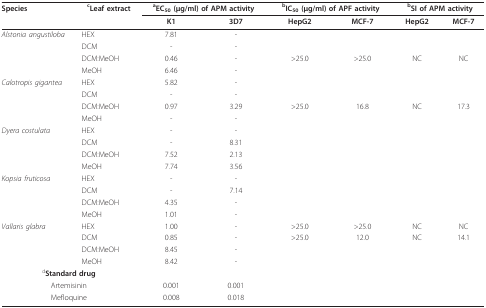
<table><thead><tr><td><b>Species</b></td><td><b><sup>c</sup>Leaf extract</b></td><td colspan="2"><b><sup>a</sup>EC<sub>50 </sub>(μg/ml) of APM activity</b></td><td colspan="2"><b><sup>b</sup>IC<sub>50 </sub>(μg/ml) of APF activity</b></td><td colspan="2"><b><sup>b</sup>SI of APM activity</b></td></tr><tr><td></td><td></td><td><b>K1</b></td><td><b>3D7</b></td><td><b>HepG2</b></td><td><b>MCF-7</b></td><td><b>HepG2</b></td><td><b>MCF-7</b></td></tr></thead><tbody><tr><td><i>Alstonia angustiloba</i></td><td>HEX</td><td>7.81</td><td>-</td><td></td><td></td><td></td><td></td></tr><tr><td></td><td>DCM</td><td>-</td><td>-</td><td></td><td></td><td></td><td></td></tr><tr><td></td><td>DCM:MeOH</td><td>0.46</td><td>-</td><td>&gt;25.0</td><td>&gt;25.0</td><td>NC</td><td>NC</td></tr><tr><td></td><td>MeOH</td><td>6.46</td><td>-</td><td></td><td></td><td></td><td></td></tr><tr><td><i>Calotropis gigantea</i></td><td>HEX</td><td>5.82</td><td>-</td><td></td><td></td><td></td><td></td></tr><tr><td></td><td>DCM</td><td>-</td><td>-</td><td></td><td></td><td></td><td></td></tr><tr><td></td><td>DCM:MeOH</td><td>0.97</td><td>3.29</td><td>&gt;25.0</td><td>16.8</td><td>NC</td><td>17.3</td></tr><tr><td></td><td>MeOH</td><td>-</td><td>-</td><td></td><td></td><td></td><td></td></tr><tr><td><i>Dyera costulata</i></td><td>HEX</td><td>-</td><td>-</td><td></td><td></td><td></td><td></td></tr><tr><td></td><td>DCM</td><td>-</td><td>8.31</td><td></td><td></td><td></td><td></td></tr><tr><td></td><td>DCM:MeOH</td><td>7.52</td><td>2.13</td><td></td><td></td><td></td><td></td></tr><tr><td></td><td>MeOH</td><td>7.74</td><td>3.56</td><td></td><td></td><td></td><td></td></tr><tr><td><i>Kopsia fruticosa</i></td><td>HEX</td><td>-</td><td>-</td><td></td><td></td><td></td><td></td></tr><tr><td></td><td>DCM</td><td>-</td><td>7.14</td><td></td><td></td><td></td><td></td></tr><tr><td></td><td>DCM:MeOH</td><td>4.35</td><td>-</td><td></td><td></td><td></td><td></td></tr><tr><td></td><td>MeOH</td><td>1.01</td><td>-</td><td></td><td></td><td></td><td></td></tr><tr><td><i>Vallaris glabra</i></td><td>HEX</td><td>1.00</td><td>-</td><td>&gt;25.0</td><td>&gt;25.0</td><td>NC</td><td>NC</td></tr><tr><td></td><td>DCM</td><td>0.85</td><td>-</td><td>&gt;25.0</td><td>12.0</td><td>NC</td><td>14.1</td></tr><tr><td></td><td>DCM:MeOH</td><td>8.45</td><td>-</td><td></td><td></td><td></td><td></td></tr><tr><td></td><td>MeOH</td><td>8.42</td><td>-</td><td></td><td></td><td></td><td></td></tr><tr><td colspan="2"><sup>d</sup><b>Standard drug</b></td><td></td><td></td><td></td><td></td><td></td><td></td></tr><tr><td colspan="2">Artemisinin</td><td>0.001</td><td>0.001</td><td></td><td></td><td></td><td></td></tr><tr><td colspan="2">Mefloquine</td><td>0.008</td><td>0.018</td><td></td><td></td><td></td><td></td></tr></tbody></table>